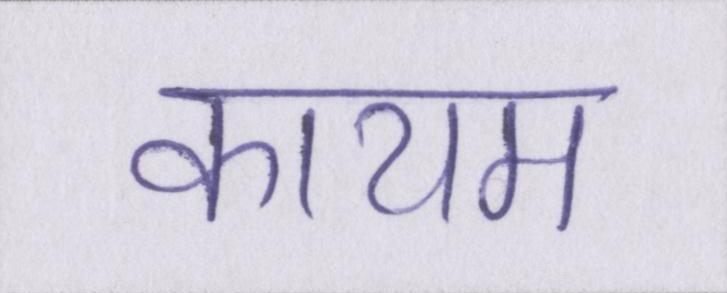
कायम